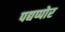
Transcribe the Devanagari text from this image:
पद्यप्पोर